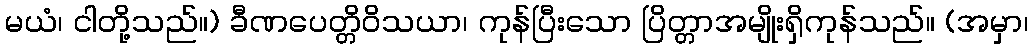
မယံ၊ ငါတို့သည်။) ခီဏပေတ္တိဝိသယာ၊ ကုန်ပြီးသော ပြိတ္တာအမျိုးရှိကုန်သည်။ (အမှာ၊